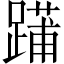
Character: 𨄳